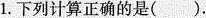
1. 下列计算正确的是（）。